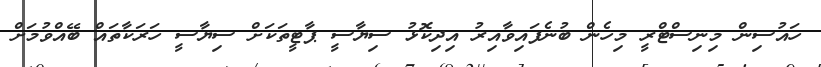
ހައުސިން މިނިސްޓްރީ މިހެން ބުނެފައިވާއިރު އިދިކޮޅު ސިޔާސީ ޕާޓީތަކަށް ސިޔާސީ ހަރަކާތައް ބޭއްވުމަށް